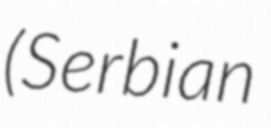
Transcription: (Serbian